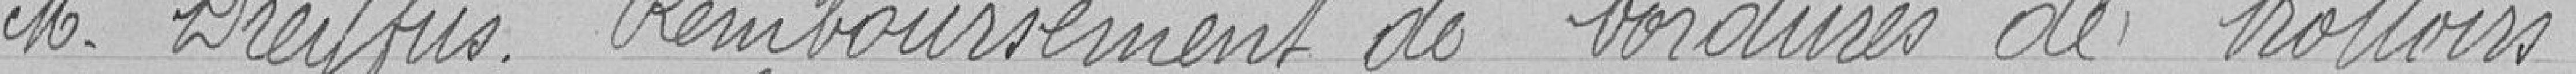
Monsieur DREYFUS. Remboursement de bordures de trottoirs